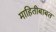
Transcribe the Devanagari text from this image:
माहितीबाबत